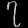
Digit: ၇